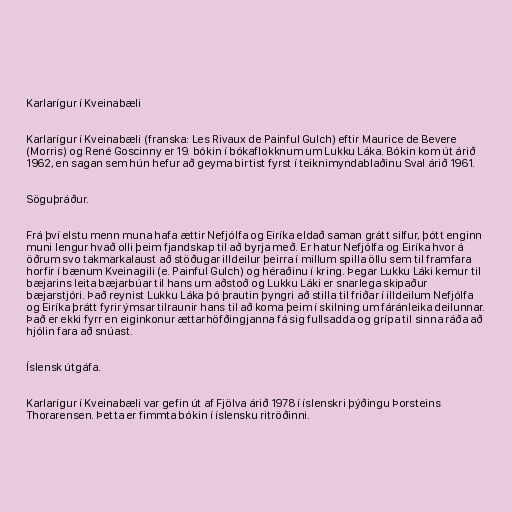
Karlarígur í Kveinabæli

Karlarígur í Kveinabæli (franska: Les Rivaux de Painful Gulch) eftir Maurice de Bevere
(Morris) og René Goscinny er 19. bókin í bókaflokknum um Lukku Láka. Bókin kom út árið
1962, en sagan sem hún hefur að geyma birtist fyrst í teiknimyndablaðinu Sval árið 1961.

Söguþráður.

Frá því elstu menn muna hafa ættir Nefjólfa og Eiríka eldað saman grátt silfur, þótt enginn
muni lengur hvað olli þeim fjandskap til að byrja með. Er hatur Nefjólfa og Eiríka hvor á
öðrum svo takmarkalaust að stöðugar illdeilur þeirra í millum spilla öllu sem til framfara
horfir í bænum Kveinagili (e. Painful Gulch) og héraðinu í kring. Þegar Lukku Láki kemur til
bæjarins leita bæjarbúar til hans um aðstoð og Lukku Láki er snarlega skipaður
bæjarstjóri. Það reynist Lukku Láka þó þrautin þyngri að stilla til friðar í illdeilum Nefjólfa
og Eiríka þrátt fyrir ýmsar tilraunir hans til að koma þeim í skilning um fáránleika deilunnar.
Það er ekki fyrr en eiginkonur ættarhöfðingjanna fá sig fullsadda og grípa til sinna ráða að
hjólin fara að snúast.

Íslensk útgáfa.

Karlarígur í Kveinabæli var gefin út af Fjölva árið 1978 í íslenskri þýðingu Þorsteins
Thorarensen. Þetta er fimmta bókin í íslensku ritröðinni.